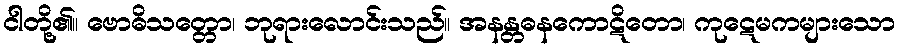
ငါတို့၏။ ဗောဓိသတ္တော၊ ဘုရားလောင်းသည်။ အနန္တဓနကောဋိတော၊ ကုဋေမကများသော